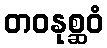
တဝနုစ္ဆဝံ